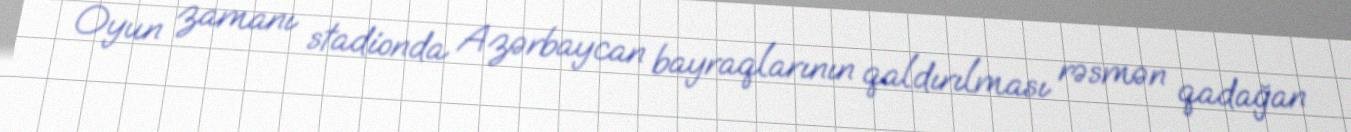
Oyun zamanı stadionda Azərbaycan bayraqlarının qaldırılması rəsmən qadağan